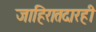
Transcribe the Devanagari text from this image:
जाहिरातदारही